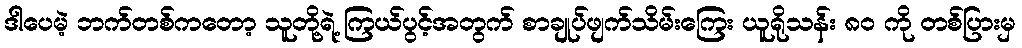
ဒါပေမဲ့ ဘက်တစ်ကတော့ သူတို့ရဲ့ ကြယ်ပွင့်အတွက် စာချုပ်ဖျက်သိမ်းကြေး ယူရိုသန်း ၈၀ ကို တစ်ပြားမှ